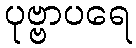
ပုဗ္ဗာပရေ